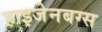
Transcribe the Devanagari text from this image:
हाइजेनबग्स